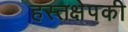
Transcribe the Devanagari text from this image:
हस्तक्षेपकी